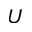
U